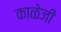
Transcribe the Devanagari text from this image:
काळेजी